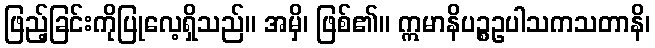
ဖြည့်ခြင်းကိုပြုလေ့ရှိသည်။ အမှိ၊ ဖြစ်၏။ ဣမာနိပဉ္စဥပါသကသတာနိ၊